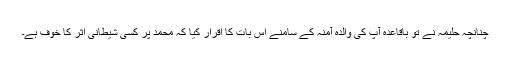
چنانچہ حلیمہ نے تو باقاعدہ آپ کی والدہ آمنہ کے سامنے اس بات کا اقرار کیا کہ محمد پر کسی شیطانی اثر کا خوف ہے۔